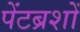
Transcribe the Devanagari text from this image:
पेंटब्रशों